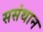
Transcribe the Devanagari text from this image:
ससंथान